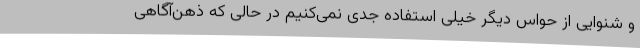
و شنوایی از حواس دیگر خیلی استفاده جدی نمی‌کنیم در حالی که ذهن‌آگاهی